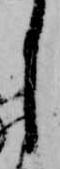
し